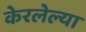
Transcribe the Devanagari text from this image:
केरलेल्या